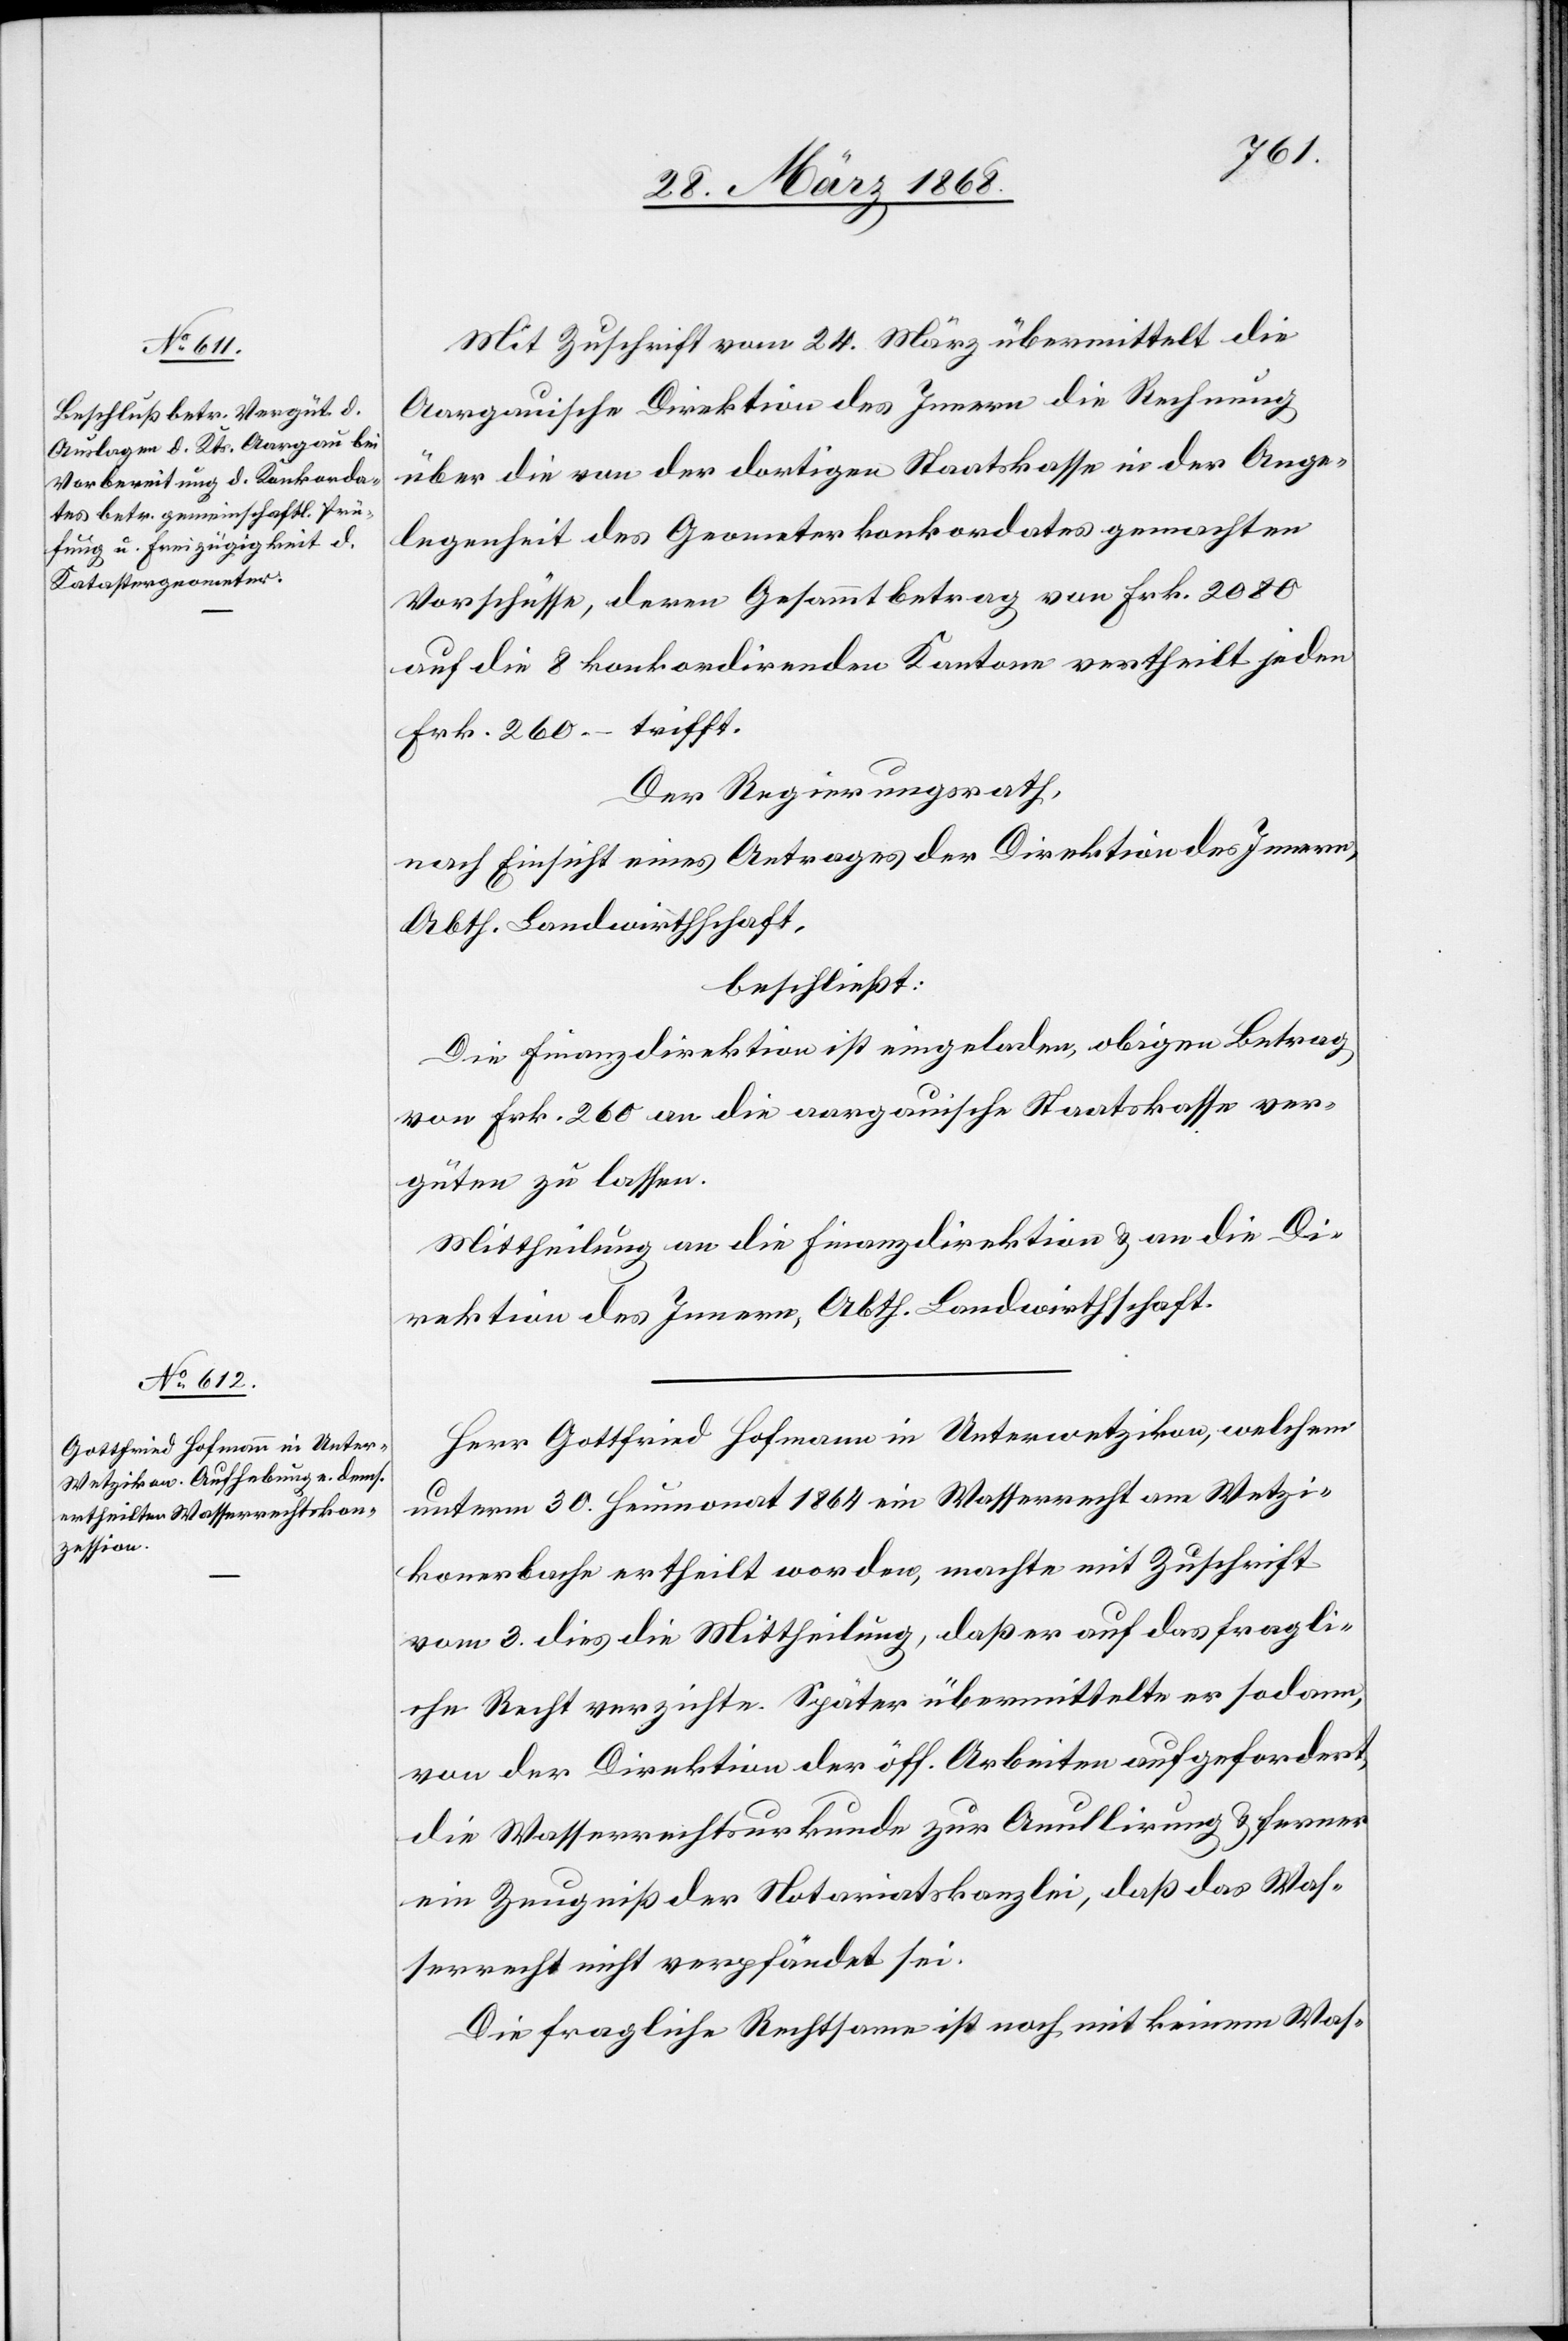
Mit Zuschrift vom 24. März übermittelt die
Aargauische Direktion des Innern die Rechnung
über die von der dortigen Staatskasse in der Ange¬
legenheit des Geometerkonkordates gemachten
Vorschüsse, deren Gesammtbetrag von Frk. 2080
auf die 8 konkordirenden Kantone vertheilt jeden
Frk. 260.– trifft.
Der Regierungsrath,
nach Einsicht eines Antrages der Direktion des Innern,
Abth. Landwirthschaft,
beschließt:
Die Finanzdirektion ist eingeladen, obigen Betrag
von Frk. 260 an die aargauische Staatskasse ver¬
güten zu lassen.
Mittheilung an die Finanzdirektion & an die Di¬
rektion des Innern, Abth. Landwirthschaft.
Herr Gottfried Hofmann in Unterwetzikon, welchem
unterm 30. Heumonat 1864 ein Wasserrecht am Wetzi¬
konerbache ertheilt worden, machte mit Zuschrift
vom 3. dies die Mittheilung, daß er auf das fragli¬
che Recht verzichte. Später übermittelte er sodann,
von der Direktion der öff. Arbeiten aufgefordert,
die Wasserrechtsurkunde zur An[n]ullirung & ferner
ein Zeugniß der Notariatskanzlei, daß das Was¬
serrecht nicht verpfändet sei.
Die fragliche Rechtsame ist noch mit keinem Was-